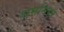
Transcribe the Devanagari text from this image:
धमनिया